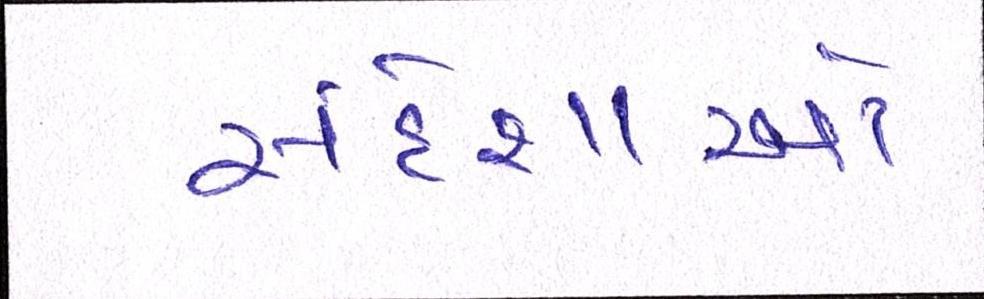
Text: સંદેશાઓ